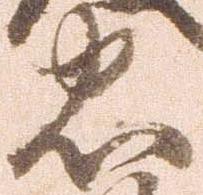
忠